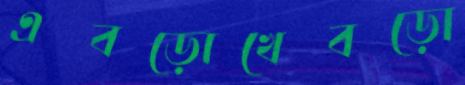
এবড়োখেবড়ো